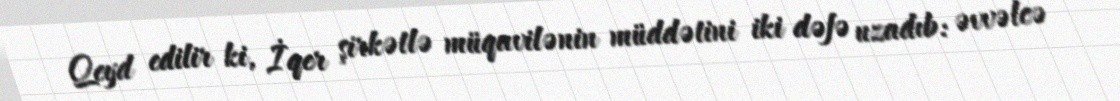
Qeyd edilir ki, İqer şirkətlə müqavilənin müddətini iki dəfə uzadıb: əvvəlcə